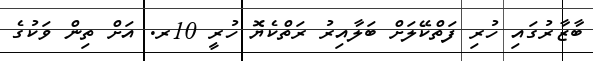
ބާޒާރުގައި ހުރި ފަތްކޭލަށް ބަލާއިރު ރަތްކެޔޮ ހުރީ 10ރ. އަށް ތިން ވަކުގެ